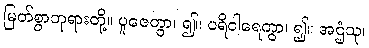
မြတ်စွာဘုရားတို့။ ပူဇေတွာ၊ ၍။ ပရိဝါရေတွာ၊ ၍။ အဌံသု၊